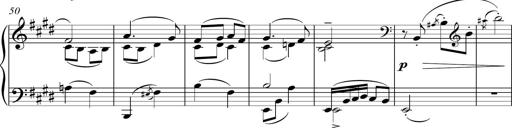
Title: Sonatina del HuÃ©car
Composer: JosÃ© Miguel Moreno Sabio